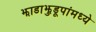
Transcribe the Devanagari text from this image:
झाडाझुडूपांमध्ये